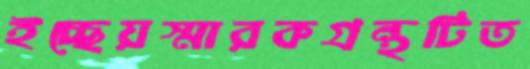
ইচ্ছেয়স্মারকগ্রন্থটিত